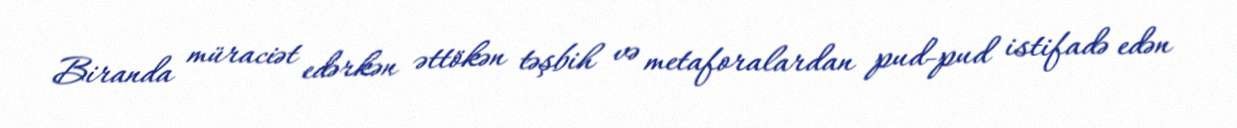
Biranda müraciət edərkən əttökən təşbih və metaforalardan pud-pud istifadə edən